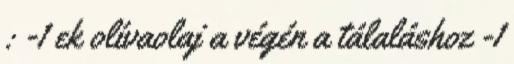
: -1 ek olívaolaj a végén a tálaláshoz -1